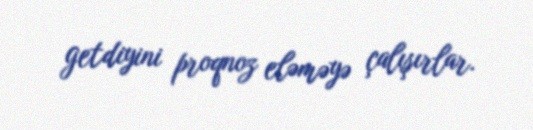
getdiyini proqnoz eləməyə çalışırlar.